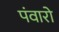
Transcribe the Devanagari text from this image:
पंवारो